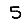
Digit: 5